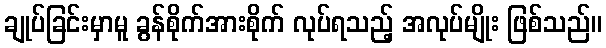
ချုပ်ခြင်းမှာမူ ခွန်စိုက်အားစိုက် လုပ်ရသည့် အလုပ်မျိုး ဖြစ်သည်။